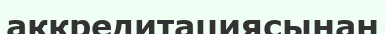
аккредитациясынан